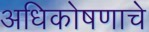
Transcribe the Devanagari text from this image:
अधिकोषणाचे